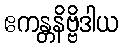
ဧကန္တနိဗ္ဗိဒါယ